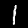
Label: 1